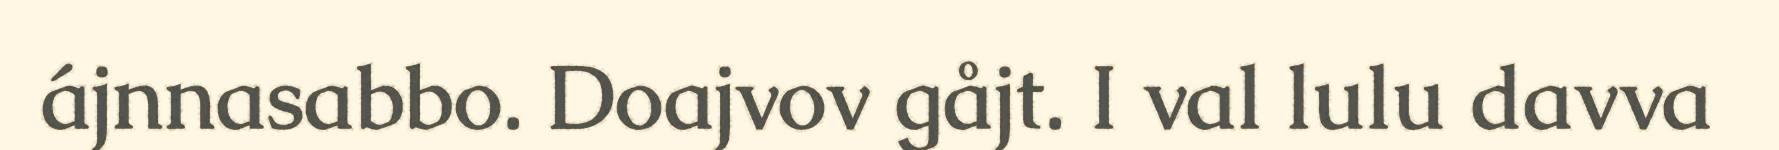
ájnnasabbo. Doajvov gåjt. I val lulu davva